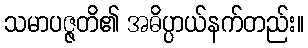
သမာပဇ္ဇတိ၏ အဓိပ္ပာယ်နက်တည်း။